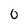
Character: 0